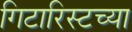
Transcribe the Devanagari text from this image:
गिटारिस्टच्या